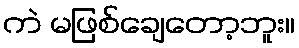
ကဲ မဖြစ်ချေတော့ဘူး။